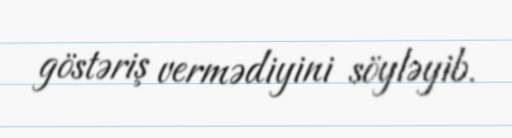
göstəriş vermədiyini söyləyib.